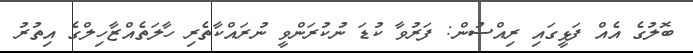
ބޮލުގެ އެއް ފަޅީގައި ރިއްސުން: ފަރުވާ ކުޑަ ނުކުރަންވީ ނުރައްކާތެރި ހާލަތެއްޒާހިލްގެ އިތުރު